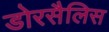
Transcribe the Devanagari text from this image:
डोरसैलिस